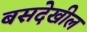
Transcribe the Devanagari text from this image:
बसदेखील